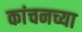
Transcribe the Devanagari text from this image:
कांचनच्या